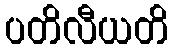
ပတိလီယတိ